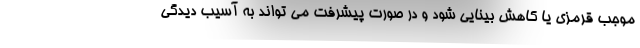
موجب قرمزی یا کاهش بینایی شود و در صورت پیشرفت می تواند به آسیب دیدگی